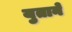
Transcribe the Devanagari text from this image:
युताने